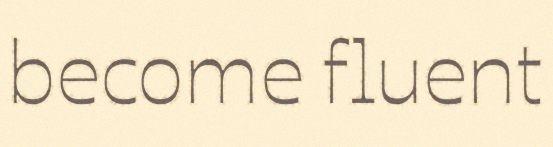
become fluent